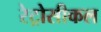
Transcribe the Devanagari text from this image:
रेट्रोसीकल